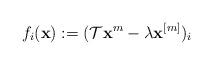
LaTeX: \begin{align*}f_i(\mathbf x):=(\mathcal T\mathbf x^m-\lambda\mathbf x^{[m]})_i\end{align*}